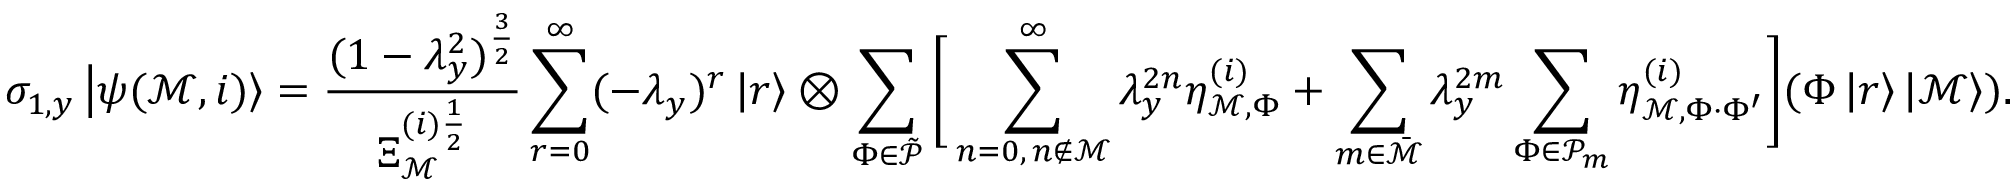
\sigma _ { 1 , y } \left| \psi ( \mathcal { M } , i ) \right> = \frac { ( 1 - \lambda _ { y } ^ { 2 } ) ^ { \frac { 3 } { 2 } } } { \Xi _ { \mathcal { M } } ^ { ( i ) \frac { 1 } { 2 } } } \sum _ { r = 0 } ^ { \infty } ( - \lambda _ { y } ) ^ { r } \left| r \right> \otimes \sum _ { \Phi \in \Tilde { \mathcal { P } } } \bigg [ \sum _ { \substack { n = 0 , \, n \notin \mathcal { M } } } ^ { \infty } \lambda _ { y } ^ { 2 n } \eta _ { \mathcal { M } , \Phi } ^ { ( i ) } + \sum _ { m \in \bar { \mathcal { M } } } \lambda _ { y } ^ { 2 m } \sum _ { \Phi \in \mathcal { P } _ { m } } \eta _ { \mathcal { M } , \Phi \cdot \Phi ^ { \prime } } ^ { ( i ) } \bigg ] ( \Phi \left| r \right> \left| \mathcal { M } \right> ) .